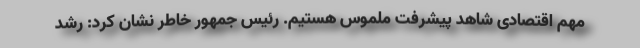
مهم اقتصادی شاهد پیشرفت ملموس هستیم. رئیس جمهور خاطر نشان کرد: رشد